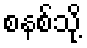
စနစ်သို့